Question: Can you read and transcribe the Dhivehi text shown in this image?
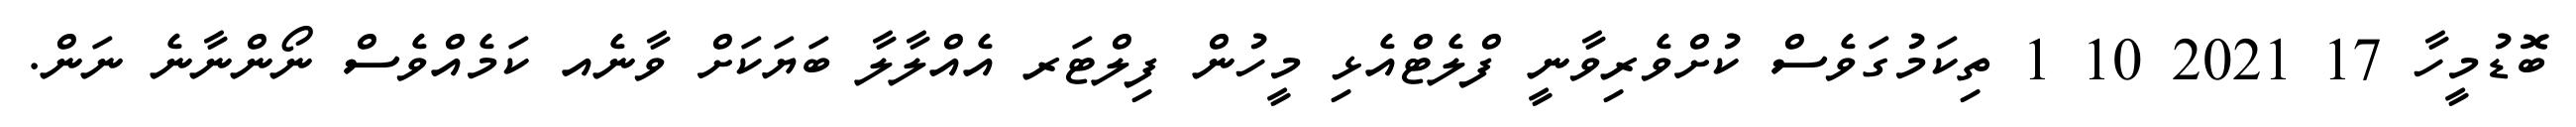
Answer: ބޮޑުމީހާ 17 2021 10 1 ތިކަމުގަވެސް ކުށްވެރިވާނީ ފްލެޓްއެޅި މީހުން ފިލްޓަރ އެއްލާލާ ބަޔަކަށް ވާނެއ ކަމެއްވެސް ނޯންނާނެ ނަން.